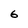
Character: 6